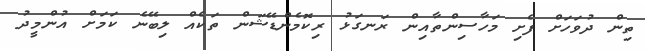
ތިން ދުވަހަށް ފެށި މަހާސިންތާއިން ރަނގަޅު ރިކޮމެންޑޭޝަން ތަކެއް ލިބޭނެ ކަމަށް އުންމީދު